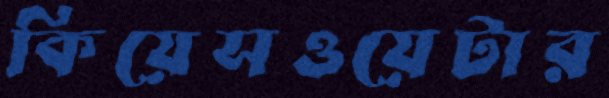
কিয়েসওয়েটার